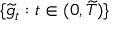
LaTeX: \{ { \widetilde { g } } _ { t } : t \in ( 0 , { \widetilde { T } } ) \}